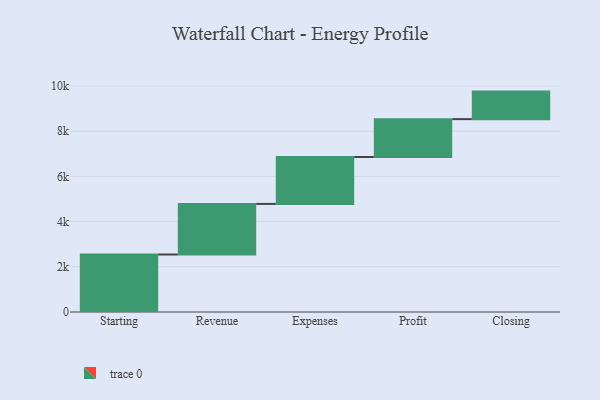
{"axis": {"x": "Step", "y": "Value"}, "legend": [""], "data": [{"x": "Starting", "y": 2543.0, "type": ""}, {"x": "Revenue", "y": 2239.0, "type": ""}, {"x": "Expenses", "y": 2076.0, "type": ""}, {"x": "Profit", "y": 1675.0, "type": ""}, {"x": "Closing", "y": 1218.0, "type": ""}]}